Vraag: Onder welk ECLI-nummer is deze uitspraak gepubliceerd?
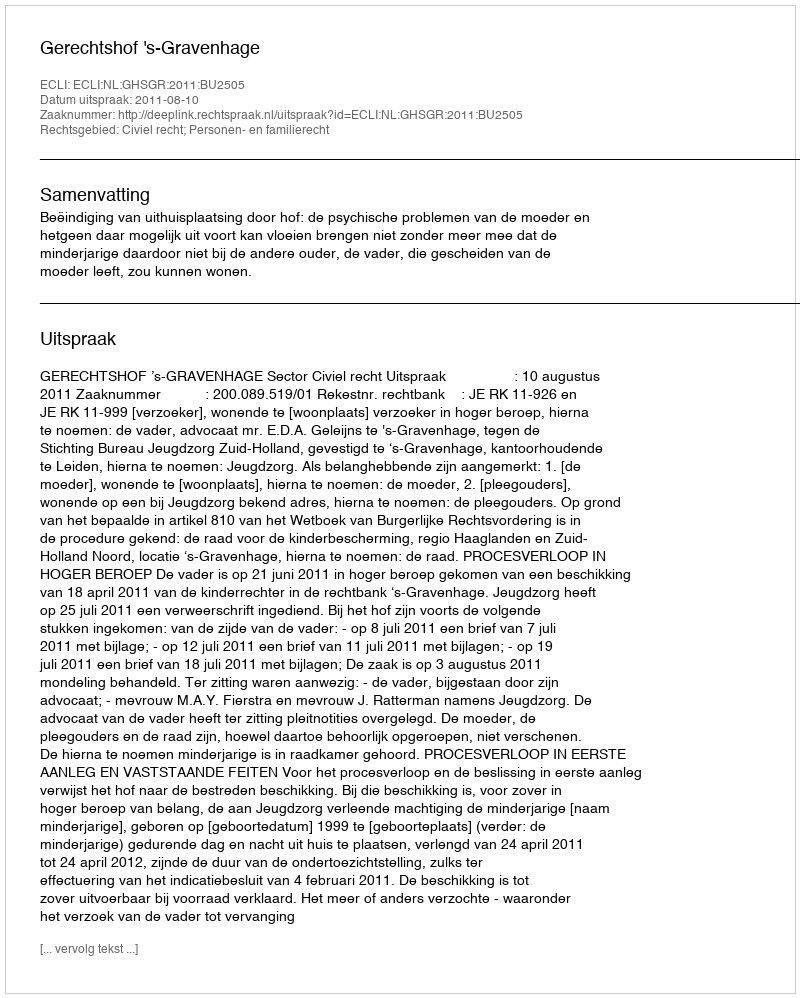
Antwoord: ECLI:NL:GHSGR:2011:BU2505